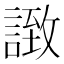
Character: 𧩼